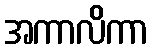
အကာလိကာ